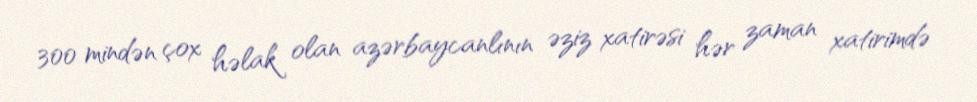
300 mindən çox həlak olan azərbaycanlının əziz xatirəsi hər zaman xatirimdə